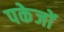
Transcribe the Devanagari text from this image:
पकेजों